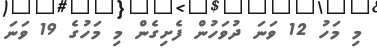
މި މަހު 12 ވަނަ ދުވަހުން ފެށިގެން މި މަހުގެ 19 ވަނަ